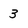
Character: 3